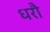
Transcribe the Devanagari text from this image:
धरौ